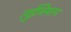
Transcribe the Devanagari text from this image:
लुईजियाना